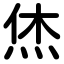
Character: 烋